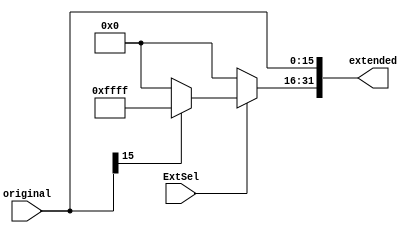
`timescale 1ns / 1ps

module ImmediateExtend(
    input [15:0] original,
    input ExtSel,    // 0: Zero-extend; 1: Sign-extend.
    output reg [31:0] extended
    );
    
    always @(*) begin
        extended[15:0] <= original;    // ??16???????
        if(ExtSel == 0) begin    // Zero-extend ?????
            extended[31:16] <= 0;
        end
        else begin    // Sign-extended ???????
            if(original[15] == 0) extended[31:16] <= 0;
            else extended[31:16] <= 16'hFFFF;
        end
    end
    
endmodule